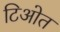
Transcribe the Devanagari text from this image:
टिओत